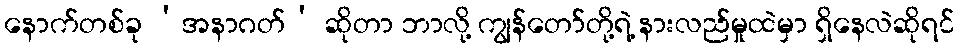
နောက်တစ်ခု ‘အနာဂတ်’ ဆိုတာ ဘာလို့ ကျွန်တော်တို့ရဲ့ နားလည်မှုထဲမှာ ရှိနေလဲဆိုရင်